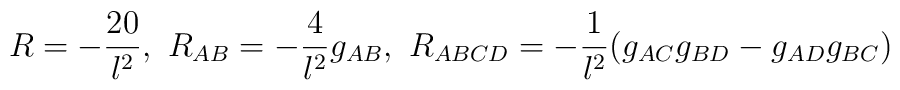
R=-\frac{20}{l^2},~ R_{AB}=-\frac{4}{l^2}g_{AB},~ R_{ABCD}=-\frac{1}{l^2}(g_{AC}g_{BD}-g_{AD}g_{BC})